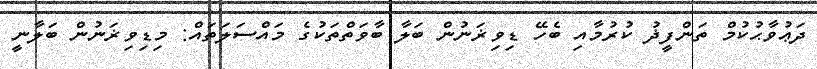
ދަޢުވާޙުކުމް ތަންފީޛު ކުރުމާއި ބެހޭ ޑިވިޜަނުން ބަލާ ބާވަތްތަކުގެ މައްސަލަތައް: މިޑިވިޜަނުން ބަލާނީ